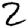
Digit: 2